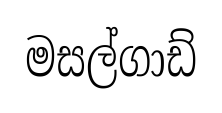
මසල්ගාඩ්